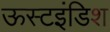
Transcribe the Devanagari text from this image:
ऊस्टइंडिश